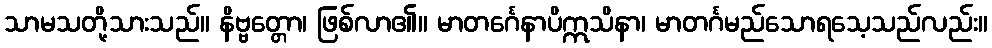
သာမသတို့သားသည်။ နိဗ္ဗတ္တော၊ ဖြစ်လာ၏။ မာတင်္ဂေနာပိဣသိနာ၊ မာတင်္ဂမည်သောရသေ့သည်လည်း။